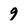
Character: 9